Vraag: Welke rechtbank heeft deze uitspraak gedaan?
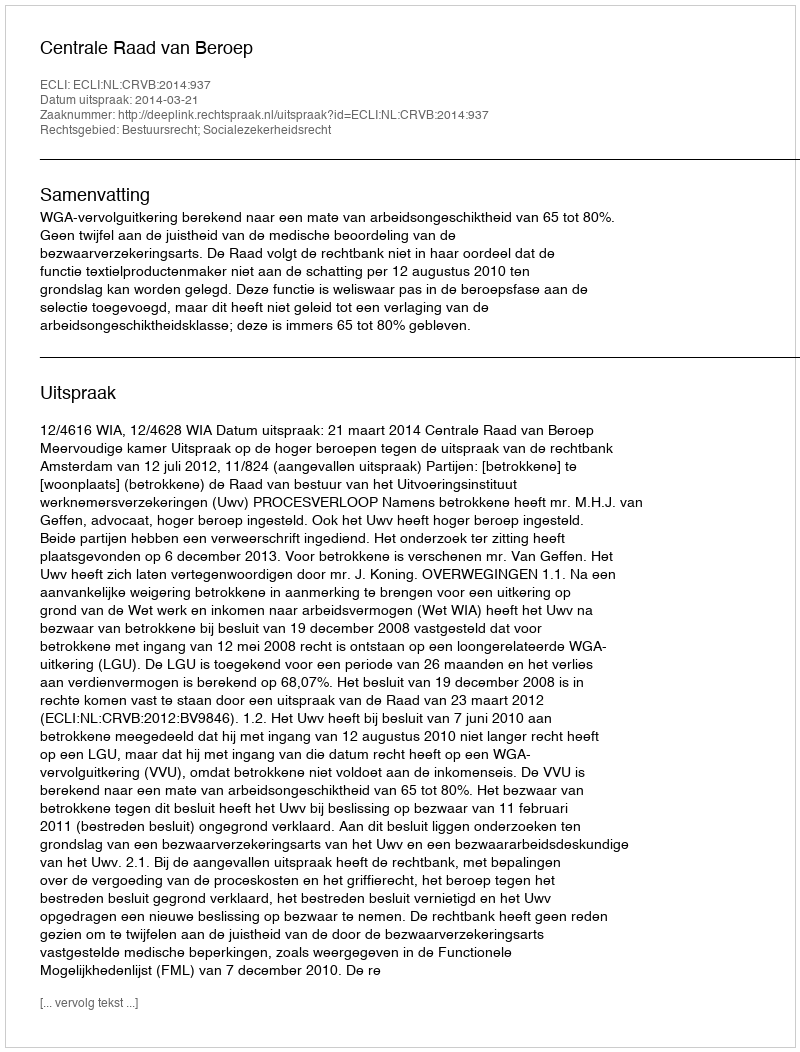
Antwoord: Centrale Raad van Beroep